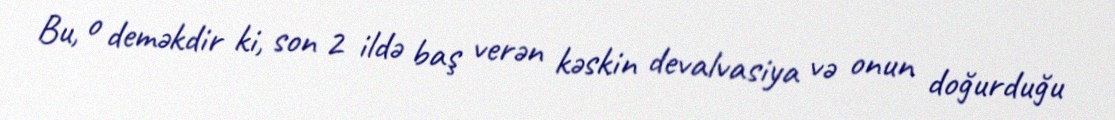
Bu, o deməkdir ki, son 2 ildə baş verən kəskin devalvasiya və onun doğurduğu